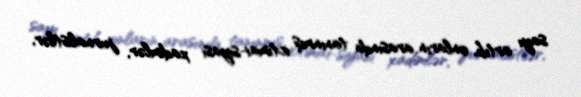
sayı artıb, onların arasında tanınmış ictimai-siyasi xadimlər, jurnalistlər,